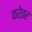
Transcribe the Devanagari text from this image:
करेतर